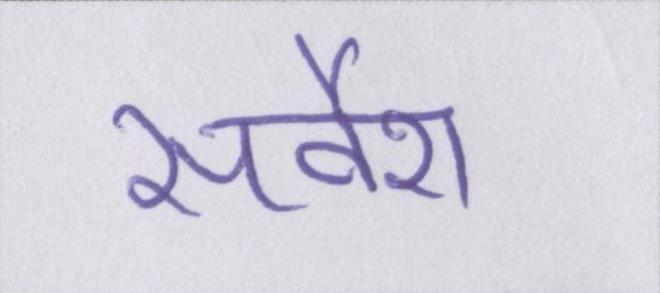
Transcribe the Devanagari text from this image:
सर्वेश